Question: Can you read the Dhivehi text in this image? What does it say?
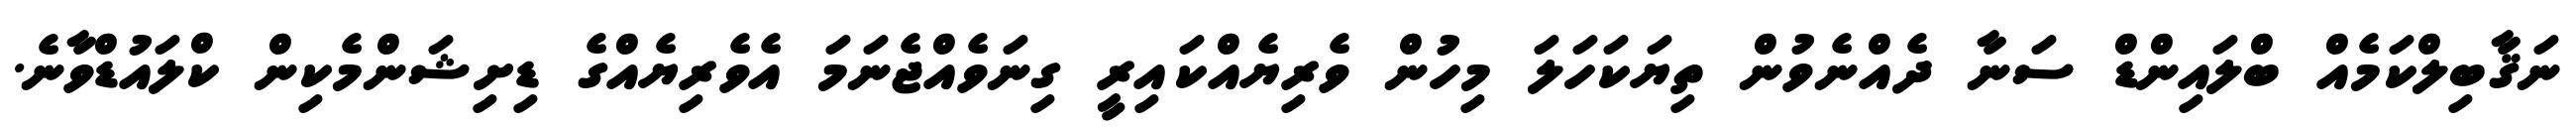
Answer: ނަޤާބިލްކަމެއް ބްލައިންޑް ސަނާ ދެއްނެވުން ތިޔަކަހަލަ މިހުން ވެރިޔެއްކައިރީ ގިނަވެއްޖެނަމަ އެވެރިޔެއްގެ ޑިށިޝަންމެކިން ކްލައުޑްވާނެ.